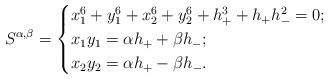
LaTeX: \begin{align*}S^{\alpha,\beta}=\begin{cases}x_1^6+y_1^6+x_2^6+y_2^6+h_+^3+h_+h_-^2=0;\\x_1y_1=\alpha h_++\beta h_-;\\x_2y_2=\alpha h_+-\beta h_-.\end{cases}\end{align*}